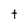
Character: t